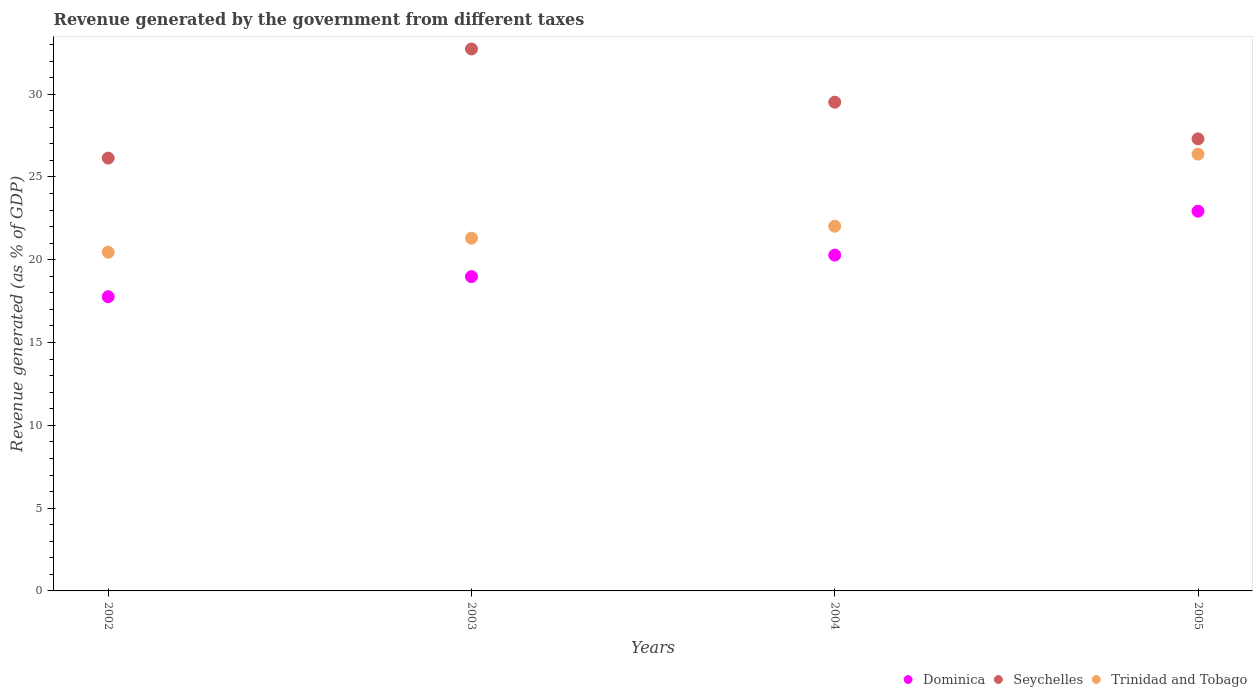
| Years | Dominica | Seychelles | Trinidad and Tobago |
 | --- | --- | --- | --- |
 | 2002 | 17.8 | 26.1 | 20.5 |
 | 2003 | 19 | 32.7 | 21.3 |
 | 2004 | 20.3 | 29.5 | 22 |
 | 2005 | 22.9 | 27.3 | 26.4 |